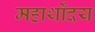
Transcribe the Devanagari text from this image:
महार्थोदय